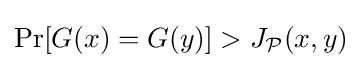
\Pr[G(x)=G(y)]>J_{\mathcal {P}}(x,y)